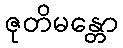
ဇုတိမန္တော